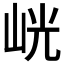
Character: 𭖙